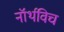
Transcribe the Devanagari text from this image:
नॉर्थविच